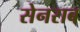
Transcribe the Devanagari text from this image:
सेनराब